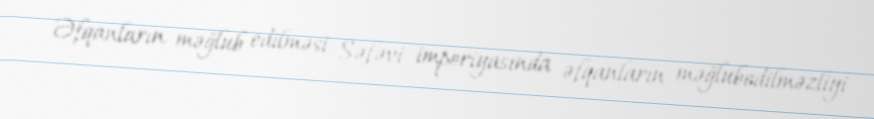
Əfqanların məğlub edilməsi Səfəvi imperiyasında əfqanların məğlubedilməzliyi